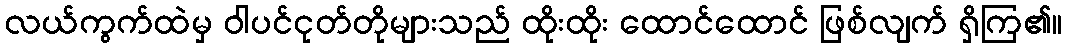
လယ်ကွက်ထဲမှ ဝါပင်ငုတ်တိုများသည် ထိုးထိုး ထောင်ထောင် ဖြစ်လျက် ရှိကြ၏။